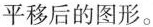
平移后的图形。